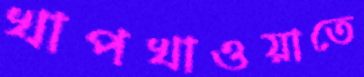
খাপখাওয়াতে